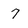
Character: 7